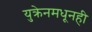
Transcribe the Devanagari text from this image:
युक्रेनमधूनही